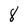
Character: 8